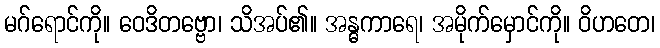
မဂ်ရောင်ကို။ ဝေဒိတဗ္ဗော၊ သိအပ်၏။ အန္ဓကာရေ၊ အမိုက်မှောင်ကို။ ဝိဟတေ၊